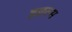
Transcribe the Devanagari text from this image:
इक्वल्स